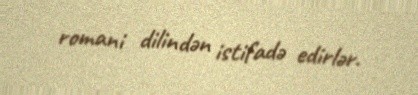
romani dilindən istifadə edirlər.